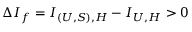
\Delta I _ { f } = I _ { ( U , S ) , H } - I _ { U , H } > 0